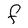
Character: F